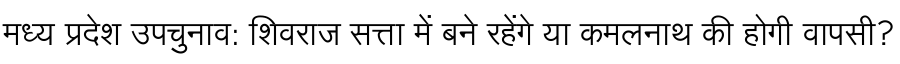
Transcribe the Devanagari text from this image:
मध्य प्रदेश उपचुनाव: शिवराज सत्ता में बने रहेंगे या कमलनाथ की होगी वापसी?